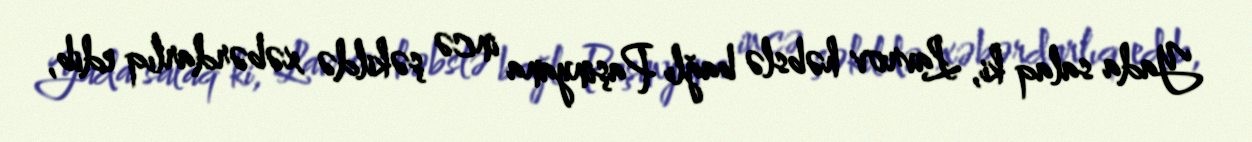
Yada salaq ki, Lavrov həbslə bağlı Paşinyana incə şəkildə xəbərdarlıq edib,